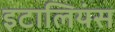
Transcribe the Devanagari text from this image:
इटालियंस